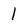
Character: 1